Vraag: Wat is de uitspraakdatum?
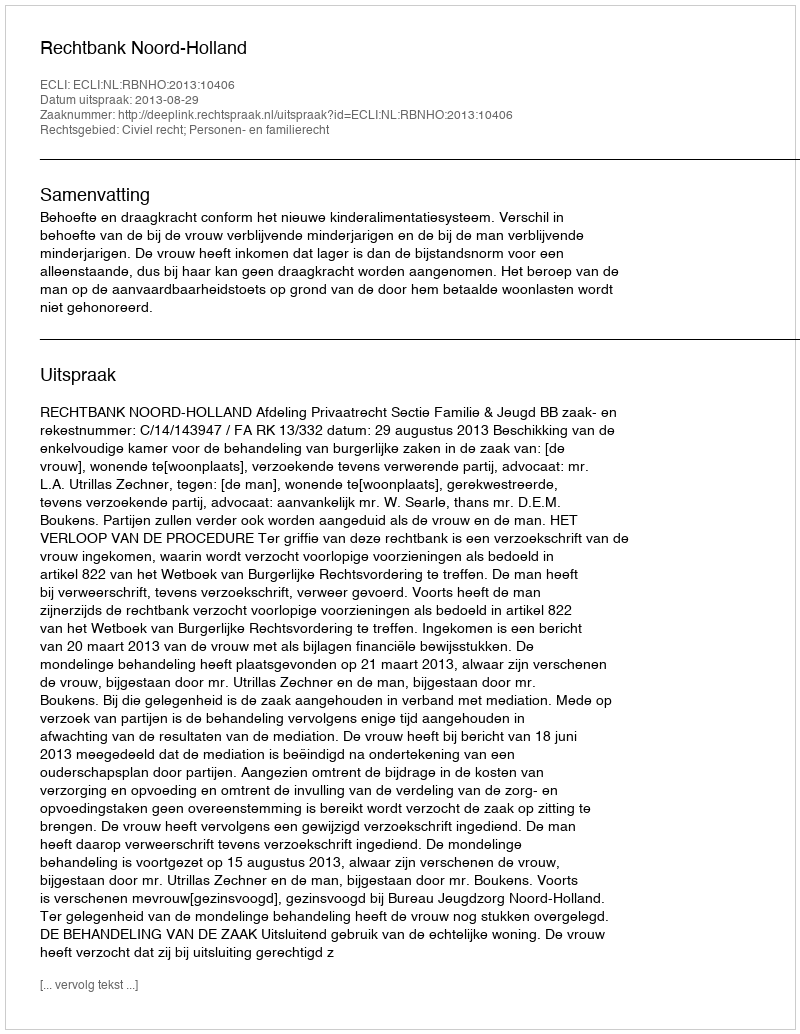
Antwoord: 2013-08-29